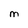
Character: M